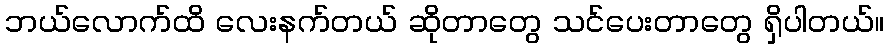
ဘယ်လောက်ထိ လေးနက်တယ် ဆိုတာတွေ သင်ပေးတာတွေ ရှိပါတယ်။